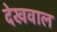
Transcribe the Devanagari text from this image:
देखवाल